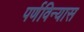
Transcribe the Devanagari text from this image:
पर्णविन्यास